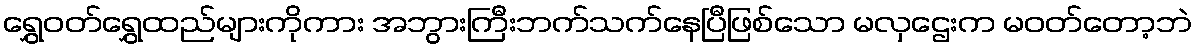
ရွှေဝတ်ရွှေထည်များကိုကား အဘွားကြီးဘက်သက်နေပြီဖြစ်သော မလှဌေးက မဝတ်တော့ဘဲ